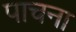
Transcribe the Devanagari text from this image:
पाचना